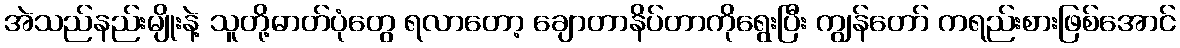
အဲသည်နည်းမျိုးနဲ့ သူတို့ဓာတ်ပုံတွေ ရလာတော့ ချောတာနိပ်တာကိုရွေးပြီး ကျွန်တော် ကရည်းစားဖြစ်အောင်